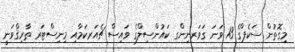
މިގޮތުން ސަކެޕްގެ 13 ވަނަ ގަވަރނިންގ ކައުންސިލްގެ ވައިސް ޗެއަރކަމާއި މިނިސްޓަރ ޠާރިޤްވަނީ